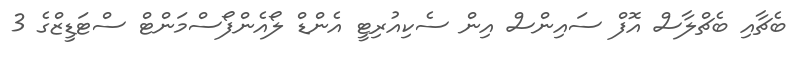
ބެޗާއި ބެޗްލާސް އޮފް ސައިންސް އިން ސެކިއުރިޓީ އެންޑް ލޯއެންފޯސްމަންޓް ސްޓަޑީޒްގެ 3